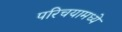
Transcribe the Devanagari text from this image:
परिचयामध्ये